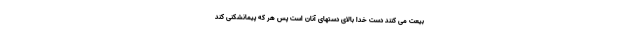
بيعت مى كنند دست خدا بالاى دستهاى آنان است پس هر كه پيمانشكنى كند